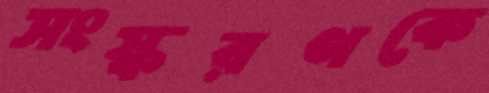
সংস্করণকে